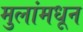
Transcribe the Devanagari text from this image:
मुलांमधून